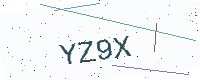
Text: YZ9X